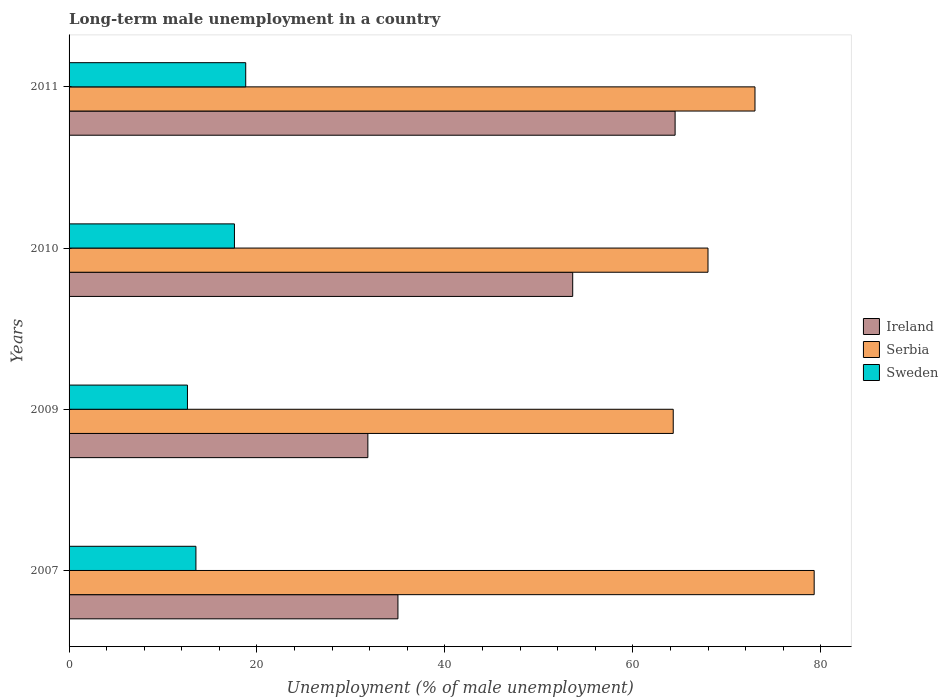
| Years | Ireland | Serbia | Sweden |
 | --- | --- | --- | --- |
 | 2007 | 35 | 79.3 | 13.5 |
 | 2009 | 31.8 | 64.3 | 12.6 |
 | 2010 | 53.6 | 68 | 17.6 |
 | 2011 | 64.5 | 73 | 18.8 |